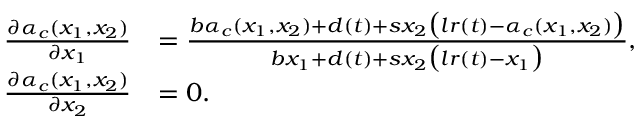
\begin{array} { r l } { \frac { \partial \alpha _ { c } ( x _ { 1 } , x _ { 2 } ) } { \partial x _ { 1 } } } & { = \frac { b \alpha _ { c } ( x _ { 1 } , x _ { 2 } ) + d ( t ) + s x _ { 2 } \big ( l r ( t ) - \alpha _ { c } ( x _ { 1 } , x _ { 2 } ) \big ) } { b x _ { 1 } + d ( t ) + s x _ { 2 } \big ( l r ( t ) - x _ { 1 } \big ) } , } \\ { \frac { \partial \alpha _ { c } ( x _ { 1 } , x _ { 2 } ) } { \partial x _ { 2 } } } & { = 0 . } \end{array}